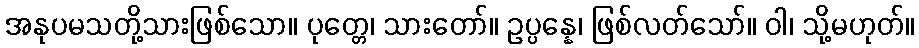
အနုပမသတို့သားဖြစ်သော။ ပုတ္တေ၊ သားတော်။ ဥပ္ပန္နေ၊ ဖြစ်လတ်သော်။ ဝါ၊ သို့မဟုတ်။